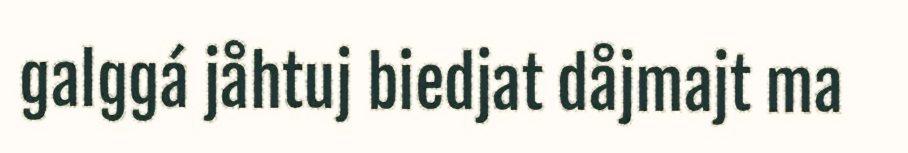
galggá jåhtuj biedjat dåjmajt ma